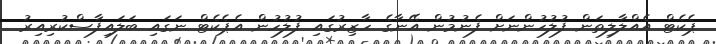
ޕެކެޓް އެއްލާލިތަން ފުލުހުންނަށް ފެނުމުން އޭނާގެ ހާޒިރުގައި ފުލުހުން އެޕެކެޓް ނަގައި ބަލައިފާސްކުރިއިރު